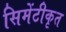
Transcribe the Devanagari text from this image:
सिमेंटीकृत